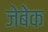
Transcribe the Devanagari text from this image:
जेबेक